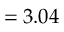
= 3 . 0 4 \